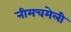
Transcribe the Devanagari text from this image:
नीमचमेली